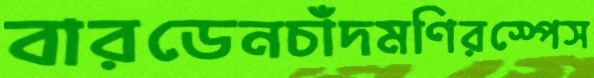
বারডেনচাঁদমণিরস্পেস